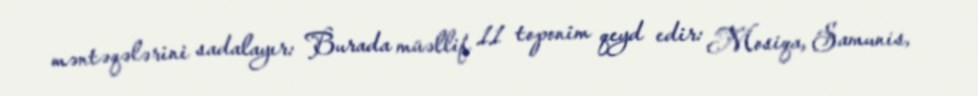
məntəqələrini sadalayır: Burada müəllif 11 toponim qeyd edir: Mosiqa, Samunis,